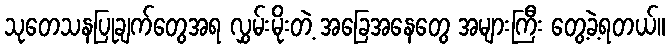
သုတေသနပြုချက်တွေအရ လွှမ်းမိုးတဲ့ အခြေအနေတွေ အများကြီး တွေ့ခဲ့ရတယ်။